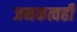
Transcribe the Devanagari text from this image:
जनकत्वही